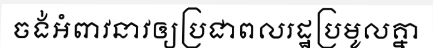
ចង់អំពាវនាវឲ្យប្រជាពលរដ្ឋប្រមូលគ្នា